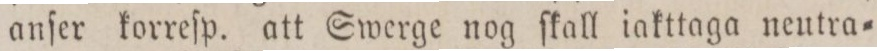
anſer korreſp. att Swerge nog ſkall iakttaga neutra=